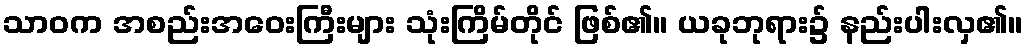
သာဝက အစည်းအဝေးကြီးများ သုံးကြိမ်တိုင် ဖြစ်၏။ ယခုဘုရား၌ နည်းပါးလှ၏။